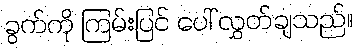
ခွက်ကို ကြမ်းပြင် ပေါ် လွှတ်ချသည်။